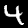
Digit: 4